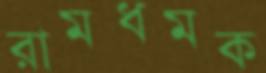
রামধমক